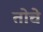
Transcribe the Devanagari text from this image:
तोचे